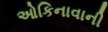
ઓકિનાવાની